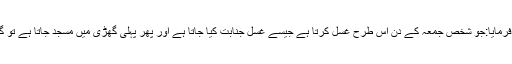
ابوہریرہ رضی اللہ عنہ سے روایت ہے کہ نبی ﷺ نے فرمایا:جو شخص جمعہ کے دن اس طرح غسل کرتا ہے جیسے غسل جنابت کیا جاتا ہے اور پھر پہلی گھڑی میں مسجد جاتا ہے تو گویا اس نے اللہ کی خوشنودی کے لیے اونٹ قربان کیا۔